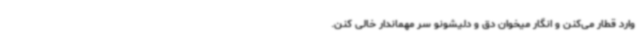
وارد قطار می‌کنن و انگار میخوان دق و دلیشونو سر مهماندار خالی کنن.